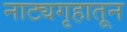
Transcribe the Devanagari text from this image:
नाट्यगृहातून